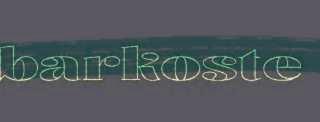
barkoste